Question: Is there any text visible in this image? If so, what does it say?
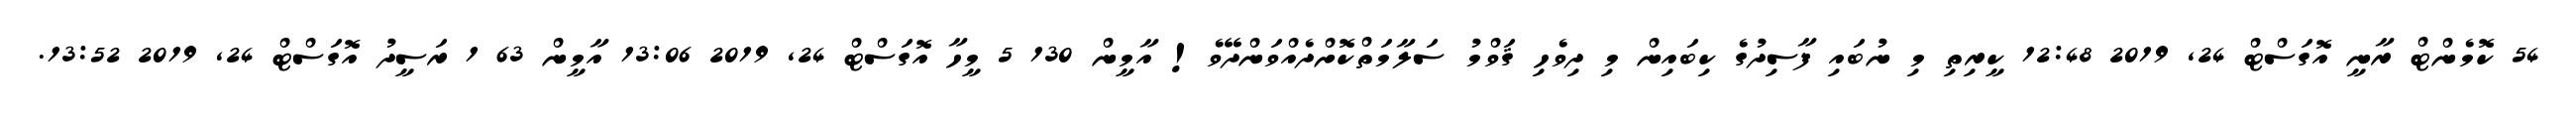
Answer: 54 ކޮމެންޓް ރާނީ އޮގަސްޓް 24, 2019 12:48 ކީރިތި މި ނުބައި ފާސިދުގެ ކިބައިން މި ދިވެހި ޤަވްމު ސަލާމަތްކޮށްދެއްވަންދޭވެ! އާމީން 130 5 މީހާ އޮގަސްޓް 24, 2019 13:06 އާމީން 63 1 ރަސީދު އޮގަސްޓް 24, 2019 13:52.